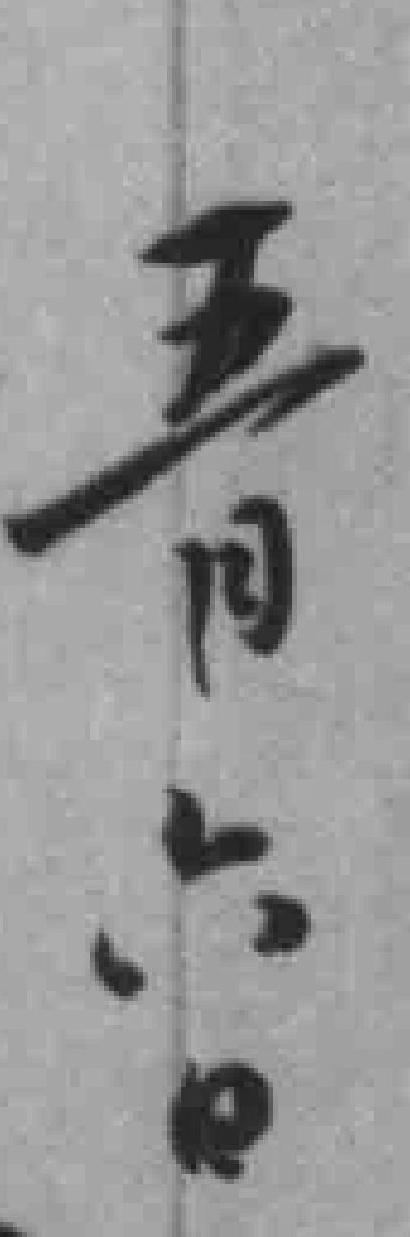
五月六日